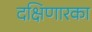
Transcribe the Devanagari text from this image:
दक्षिणारका